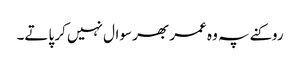
روکنے پہ وہ عمر بھر سوال نہیں کر پاتے۔